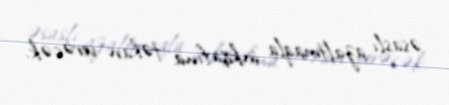
əsaslı azaltmaqla inkişafına təkan verəcək.